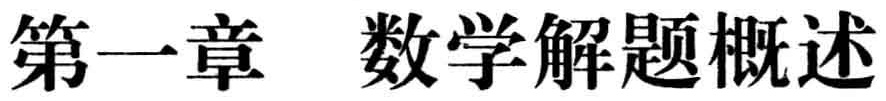
\chapter{数学解题概述}